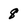
Character: 8